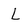
Character: L